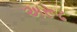
અરૂઢ